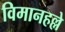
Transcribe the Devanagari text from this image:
विमानहल्ले